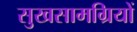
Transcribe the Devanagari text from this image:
सुखसामग्रियों